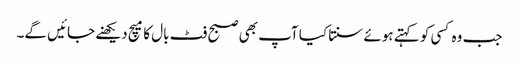
جب وہ کسی کو کہتے ہوئے سنتا کیا آپ بھی صبح فٹ بال کا میچ دیکھنے جائیں گے۔